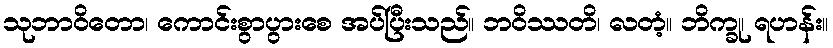
သုဘာဝိတော၊ ကောင်းစွာပွားစေ အပ်ပြီးသည်။ ဘဝိဿတိ၊ လတံ့။ ဘိက္ခု၊ ရဟန်း။